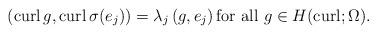
LaTeX: \begin{align*}\left({\rm curl}\, g,{\rm curl}\, \sigma(e_j)\right)=\lambda_j\left(g, e_j\right)\mbox{for all} \ g\in H({\rm curl};\Omega).\end{align*}